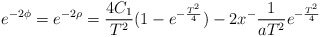
\begin{align*}e^{-2\phi}=e^{-2\rho}= \frac{4C_1}{T^2} (1-e^{-\frac{T^2}{4}}) -2x^- \frac{1}{a T^2} e^{-\frac{T^2}{4}} \end{align*}